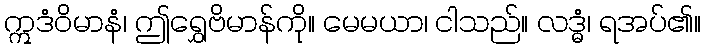
ဣဒံဝိမာနံ၊ ဤရွှေဗိမာန်ကို။ မေမယာ၊ ငါသည်။ လဒ္ဓံ၊ ရအပ်၏။